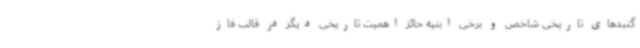
گنبدهای تاریخی شاخص و برخی ابنیه حائز اهمیت تاریخی دیگر در قالب فاز